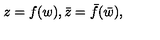
z = f ( w ) , \bar { z } = \bar { f } ( \bar { w } ) ,